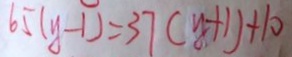
6 5 ( y - 1 ) = 3 7 ( y + 1 ) + 1 0